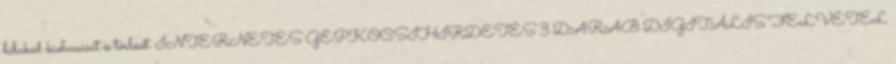
hibakód-kiolvasását és törlését. INTERNETES GÉPKOCSIHIRDETÉS 3 DARAB DIGITÁLIS FELVÉTEL